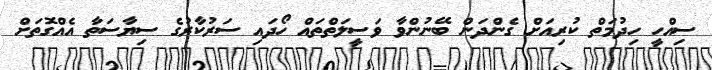
ސިއްހީ ހިދުމަތް ކުރިއަށް ގެންދަން ބޭނުންވާ ވަސީލަތްތައް ހޯދައި ސަރުކާރުގެ ސިޔާސަތާ އެއްގޮތަށް